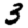
Digit: 3